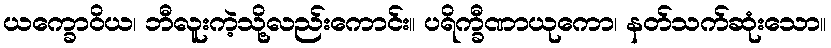
ယက္ခောဝိယ၊ ဘီလူးကဲ့သို့လည်းကောင်း။ ပရိက္ခီဏာယုကော၊ နတ်သက်ဆုံးသော။